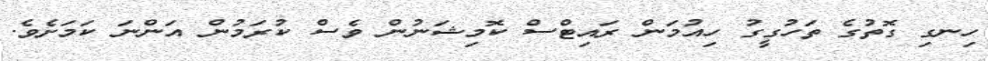
ހިނގި ގޮތުގެ ތަހުގީގު ހިއުމަން ރައިޓްސް ކޮމިޝަނުން ވެސް ކުރަމުން އަންނަ ކަމަށެވެ.